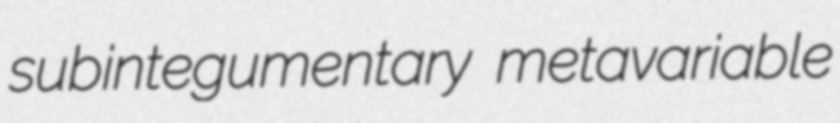
subintegumentary metavariable